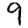
Digit: 9